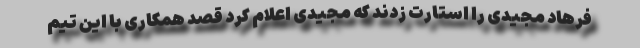
فرهاد مجیدی را استارت زدند که مجیدی اعلام کرد قصد همکاری با این تیم